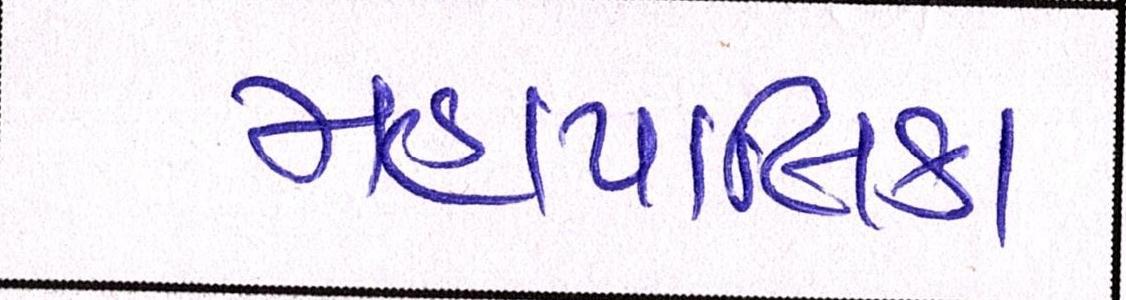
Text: મહાપાલિકા